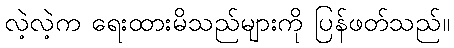
လဲ့လဲ့က ရေးထားမိသည်များကို ပြန်ဖတ်သည်။